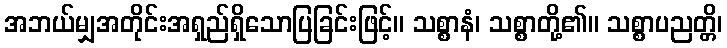
အဘယ်မျှအတိုင်းအရှည်ရှိသောပြခြင်းဖြင့်။ သစ္စာနံ၊ သစ္စာတို့၏။ သစ္စာပညတ္တိ၊